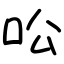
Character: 㕬